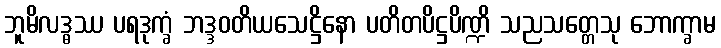
ဘူမိလဒ္ဓဿ ပရဒုက္ခံ ဘဒ္ဒဝတိယသေဋ္ဌိနော ပတိတပိဋ္ဌပိဏ္ဍိ သညသတ္တေသု ဘောက္ခာမ